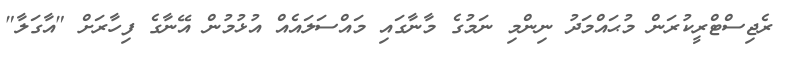
ރެޖިސްޓްރީކުރަން މުޙައްމަދު ނިންމި ނަމުގެ މާނާގައި މައްސަލައެއް އުޅުމުން އޭނާގެ ފިހާރަށް "އާގަލާ"